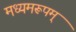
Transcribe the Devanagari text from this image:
मध्यमरूपम्